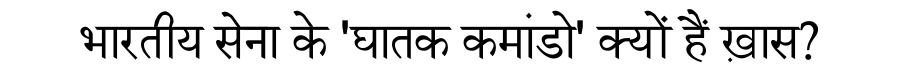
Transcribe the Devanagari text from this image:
भारतीय सेना के 'घातक कमांडो' क्यों हैं ख़ास?